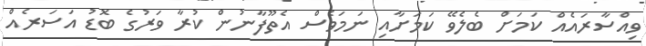
ވިއްސާރައެއް ކަމަށް ބެލެވޭ ކަމަށާއި ނަމަވެސް އެތޫފާނުން ކުރާ ވަރުގެ ބޮޑު އަސަރެއް